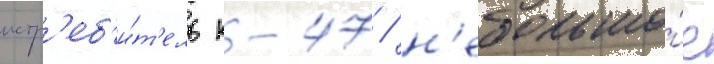
истр'еб'и́т'ель к-47 / н'ебольшо́е